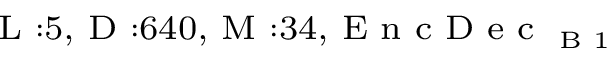
_ { \textrm { L } : 5 , \textrm { D } : 6 4 0 , \textrm { M } : 3 4 , \textrm { E n c D e c } _ { \textrm { B } 1 } }